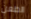
الطعن